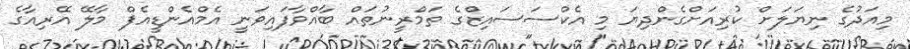
މިއަދުގެ ނިޔަލަށް ކުރިއަށްގެންދިޔަ މި އެކްސަސައިޒްގެ ތަމްރީނުތައް ބާއްވާފައިވަނީ އެމްއެންޑީއެފް މާލޭ އޭރިއާގެ